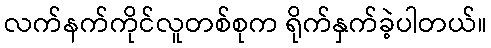
လက်နက်ကိုင်လူတစ်စုက ရိုက်နှက်ခဲ့ပါတယ်။